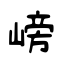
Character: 嵭